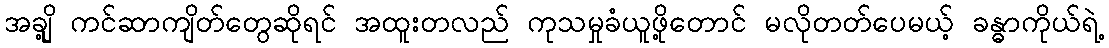
အချို့ ကင်ဆာကျိတ်တွေဆိုရင် အထူးတလည် ကုသမှုခံယူဖို့တောင် မလိုတတ်ပေမယ့် ခန္ဓာကိုယ်ရဲ့